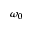
\omega _ { 0 }